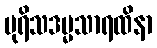
ပုရိသဒမ္မသာရထိနာ